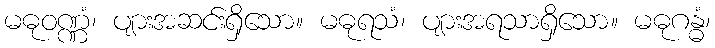
မဓုဝဏ္ဏံ၊ ပျားအဆင်းရှိသော။ မဓုရသံ၊ ပျားအရသာရှိသော။ မဓုဂန္ဓံ၊